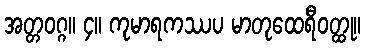
အတ္တဝဂ္ဂ။ ၄။ ကုမာရကဿပ မာတုထေရီဝတ္ထု။